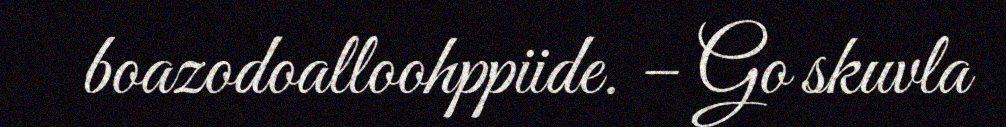
boazodoalloohppiide. – Go skuvla